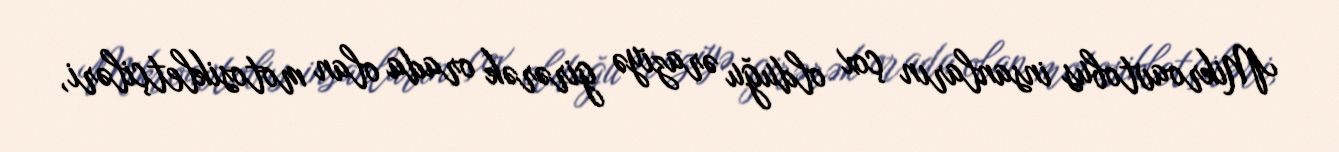
Mikroavtobus insanların çox olduğu əraziyə girərək orada olan motosikletçiləri,